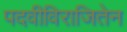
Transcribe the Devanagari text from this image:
पदवीविराजितेन